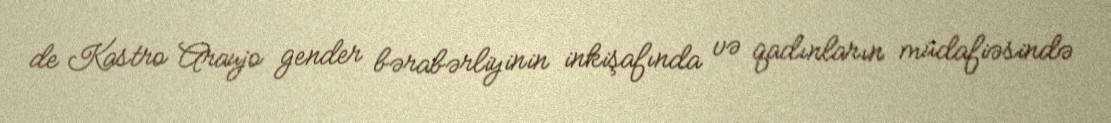
de Kastro Araujo gender bərabərliyinin inkişafında və qadınların müdafiəsində